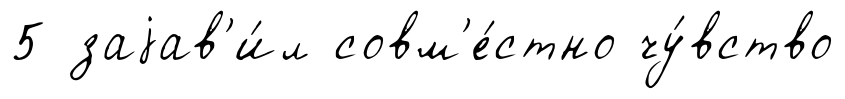
5 заjав'и́л совм'е́стно чу́вство